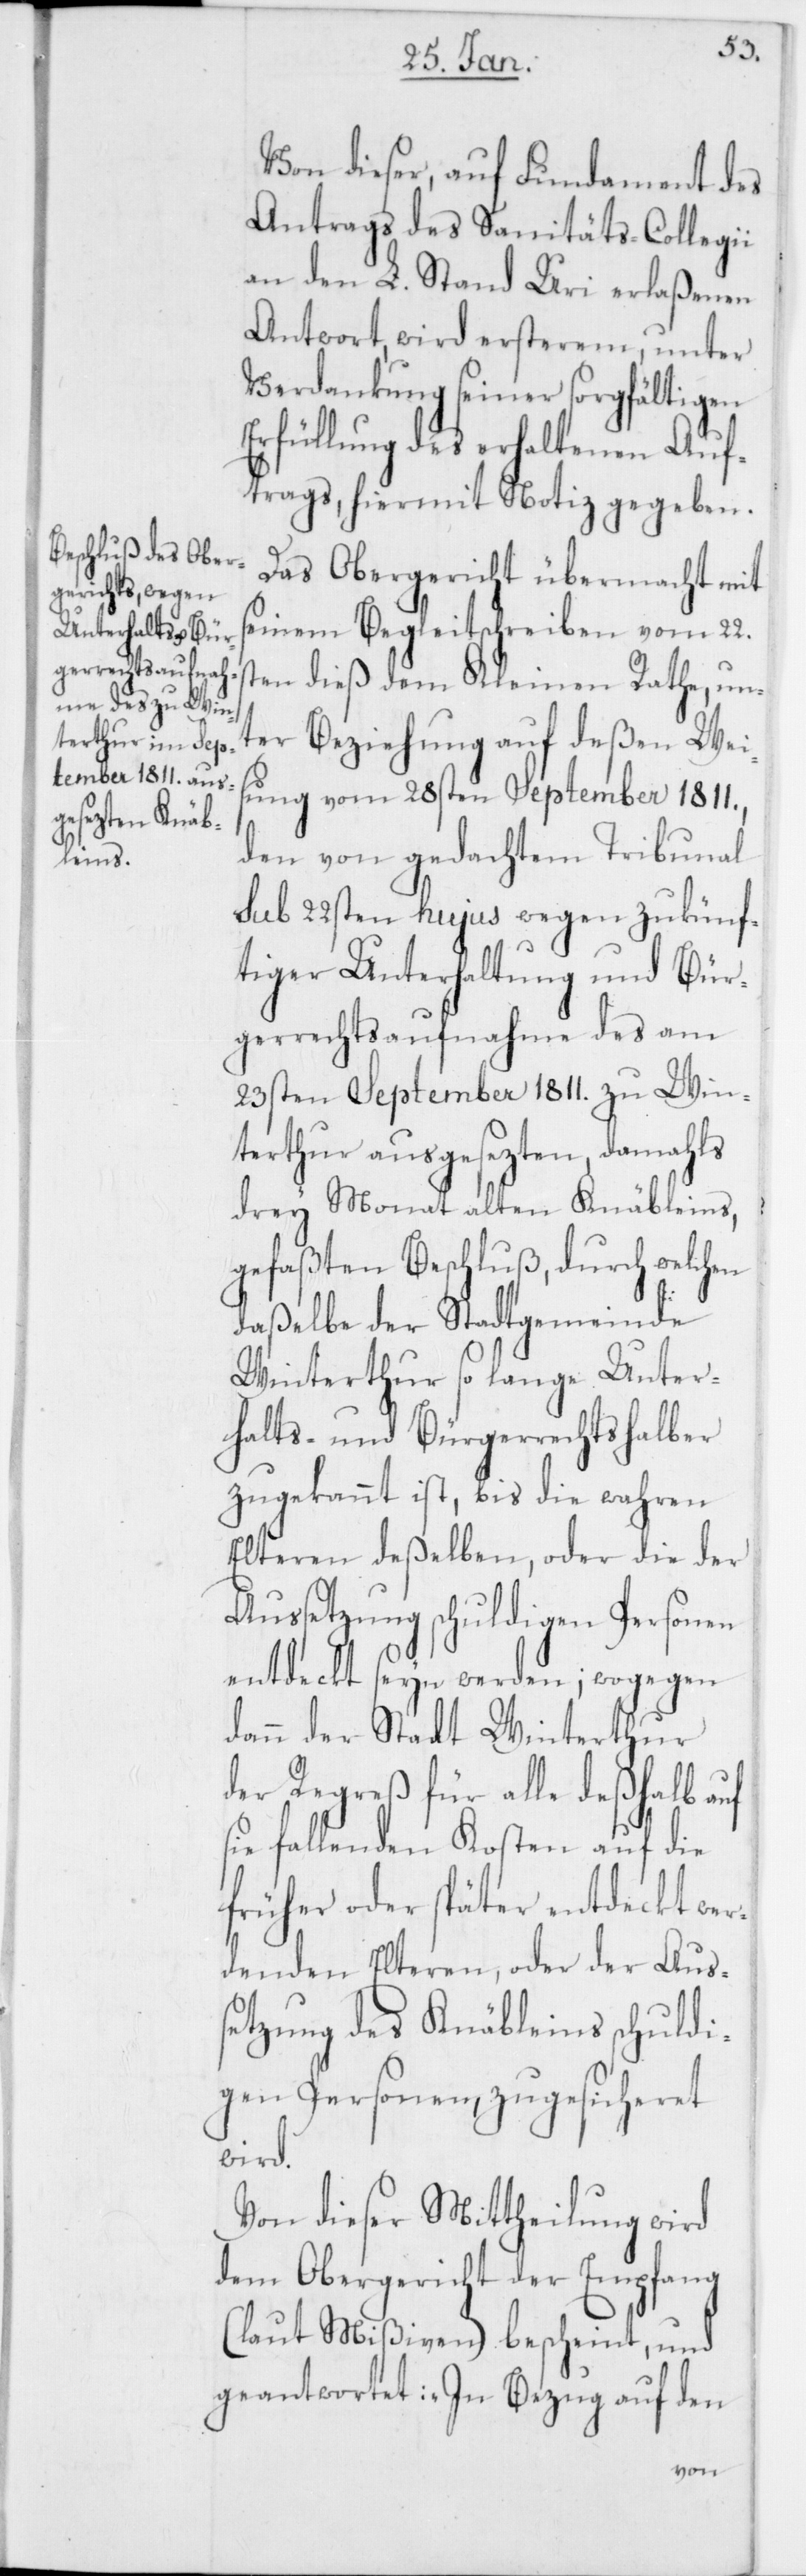
Von dieser, auf Fundament des
Antrags des Sanitäts-Collegii
an den L. Stand Uri erlaßenen
Antwort, wird ersterem, unter
Verdankung seiner sorgfältigen
Erfüllung des erhaltenen Auf¬
trags, hiermit Notiz gegeben.
Das Obergericht übermacht mit
seinem Begleitschreiben vom 22.s¬
ten dieß dem Kleinen Rathe, un¬
ter Beziehung auf deßen Wei¬
sung vom 28sten September 1811.,
den von gedachtem Tribunal
sub 22sten hujus wegen zukünf¬
tiger Unterhaltung und Bür¬
gerrechtsaufnahme des am
23sten September 1811. zu Win¬
terthur ausgesezten, damahls
drey Monat alten Knäbleins,
gefaßten Beschluß, durch welchen
daßelbe der Stadtgemeinde
Winterthur so lange Unter¬
halts- und Bürgerrechts halber
zugekannt ist, bis die wahren
Elteren deßelben, oder die der
Aussetzung schuldigen Personen
entdeckt seyn werden; wogegen
dann der Stadt Winterthur
der Regreß für alle deßhalb auf
sie fallenden Kosten auf die
früher oder später entdeckt wer¬
denden Elteren, oder der Aus¬
setzung des Knäbleins schuldi¬
gen Personen, zugesicheret
wird.
Von dieser Mittheilung wird
dem Obergericht der Empfang
(laut Mißiven) bescheint, und
geantwortet: „In Bezug auf den